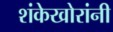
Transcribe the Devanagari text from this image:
शंकेखोरांनी